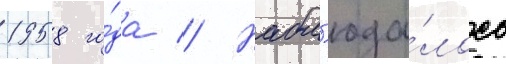
1958 го́да // Набл'юда́лось